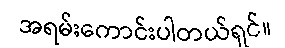
အရမ်းကောင်းပါတယ်ရှင်။